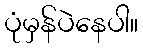
ပုံမှန်ပဲနေပါ။